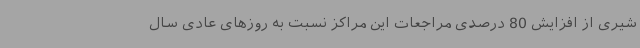
شیری از افزایش 80 درصدی مراجعات این مراکز نسبت به روزهای عادی سال